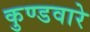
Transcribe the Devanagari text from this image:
कुण्डवारे